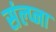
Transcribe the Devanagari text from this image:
संल्प्ना